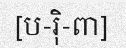
[ប-រ៉ិ-ពា]